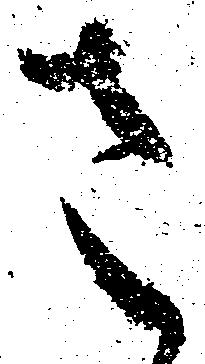
さ